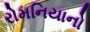
રોમનિયાનો